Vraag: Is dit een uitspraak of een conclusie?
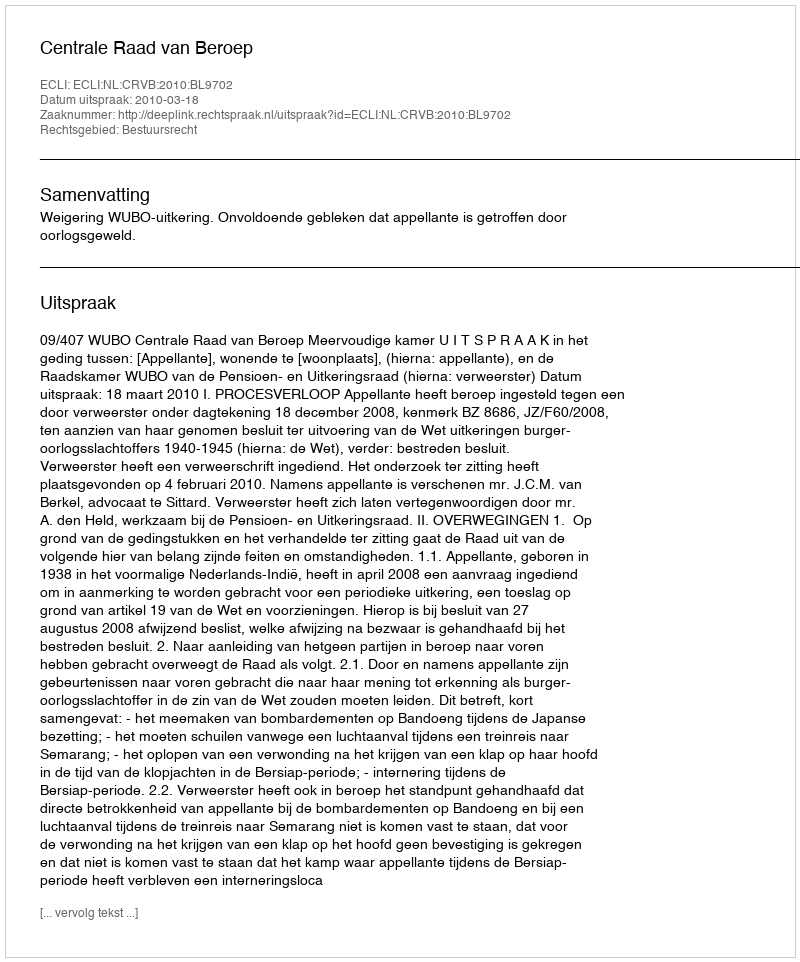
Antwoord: Uitspraak